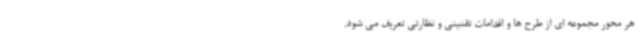
هر محور مجموعه ای از طرح ها و اقدامات تقنینی و نظارتی تعریف می شود.